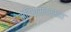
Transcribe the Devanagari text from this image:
मंदिरासंदर्भात